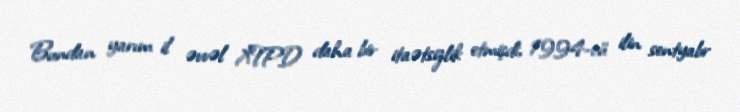
Bundan yarım il əvvəl XTPD daha bir itaətsizlik etmişdi, 1994-cü ilin sentyabr